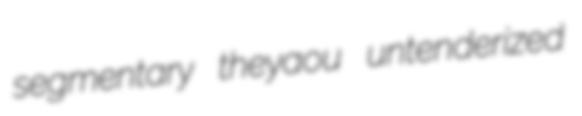
segmentary theyaou untenderized